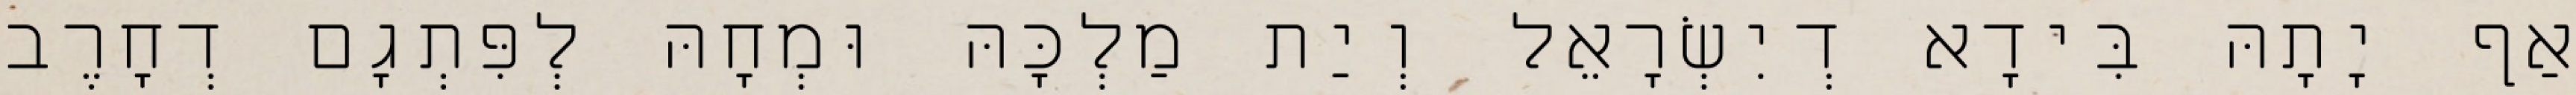
אַף יָתָהּ בִּידָא דְיִשְׂרָאֵל וְיַת מַלְכָּהּ וּמְחָהּ לְפִּתְגָם דְחָרֶב